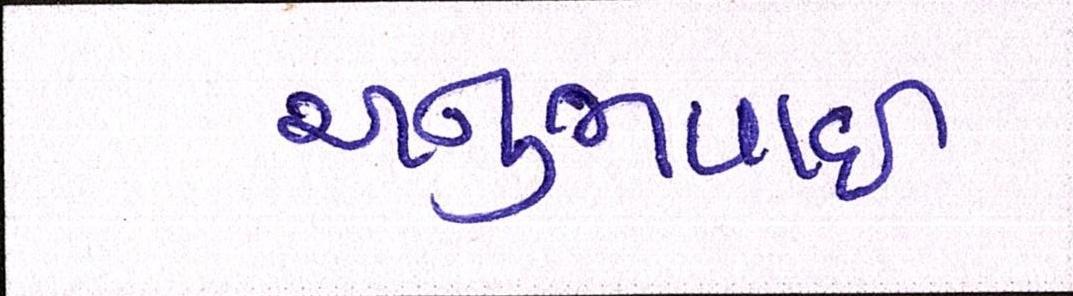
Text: અનુભવાઇ